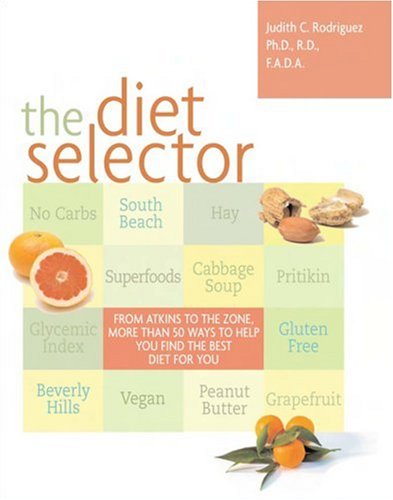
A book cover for The Diet Selector: From Atkins to The Zone, More Than 50 Ways to Help You Find the Best Diet for You; Judith C. Rodriguez; Health, Fitness & Dieting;